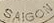
SAIGON